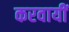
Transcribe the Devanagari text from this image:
करवायीं